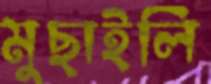
মুছাইলি